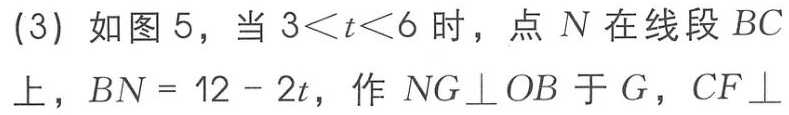
(3) 如图 5，当 \(3<t<6\) 时，点 \(N\) 在线段 \(BC\) 上，\(BN = 12 - 2t\)，作 \(NG\perp OB\) 于 \(G\)，\(CF\perp\)